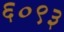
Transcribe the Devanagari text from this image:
६०९३